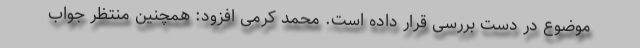
موضوع در دست بررسی قرار داده است. محمد کرمی افزود: همچنین منتظر جواب